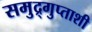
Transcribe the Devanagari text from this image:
समुद्र्गुप्ताशी